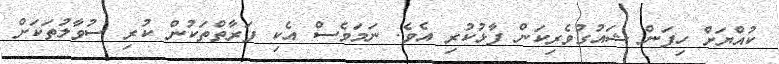
ކުއްޔަށް ހިފަން ޝައުގުވެރިކަން ފާޅުކުރި އެވެ. ނަމަވެސް އެކި ފަރާތްތަކުން ކުރި ސުވާލުތަކަށް